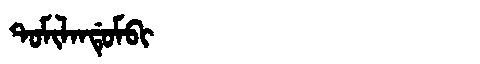
Manchu: ᡨᠣᠮᡳᠯᠠᠨᡩᡠᠮᠪᡳ
Romanization: TOMILANDUMBI